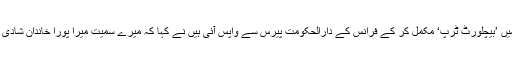
اس حوالے سے ثانیہ مرزا جو حال ہی میں ’بیچلورٹ ٹرپ‘ مکمل کر کے فرانس کے دارالحکومت پیرس سے واپس آئی ہیں نے کہا کہ میرے سمیت میرا پورا خاندان شادی کو لے کر نہایت پرجوش نظر آرہا ہے۔